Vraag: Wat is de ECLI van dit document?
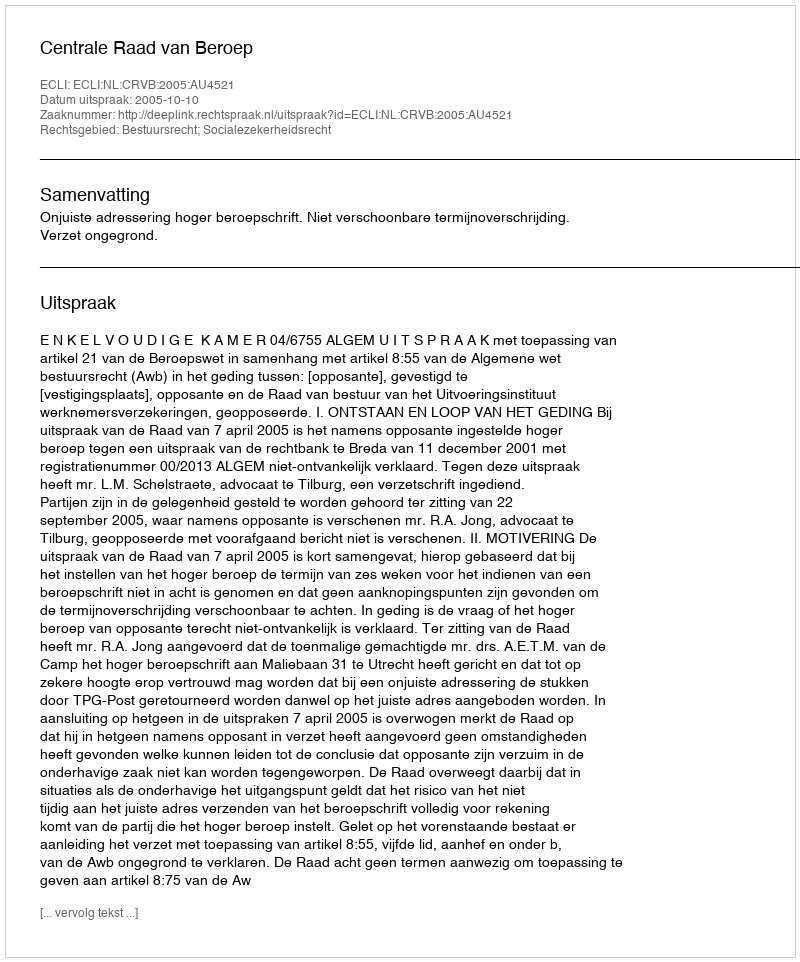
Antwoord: ECLI:NL:CRVB:2005:AU4521